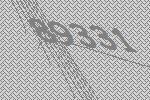
89331